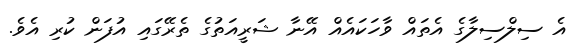
އެ ސިލްސިލާގެ އެތައް ވާހަކައެއް އޭނާ ޝަރީއަތުގެ ތެރޭގައި އުފަން ކުރި އެވެ.